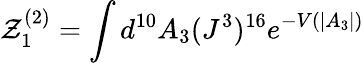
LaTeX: {\cal Z}_{1}^{(2)}=\int d^{10}A_{3}(J^{3})^{16}e^{-V(|A_{3}|)}